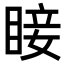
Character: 𥇒